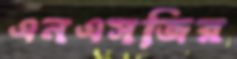
এনএসজির